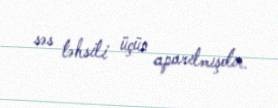
səs təhsili üçün aparılmışdır.